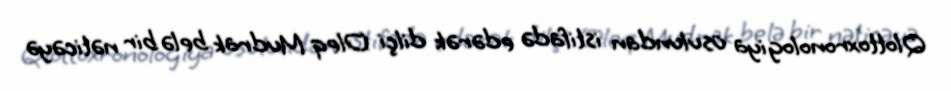
Qlottoxronologiya üsulundan istifadə edərək dilçi Oleq Mudrak belə bir nəticəyə